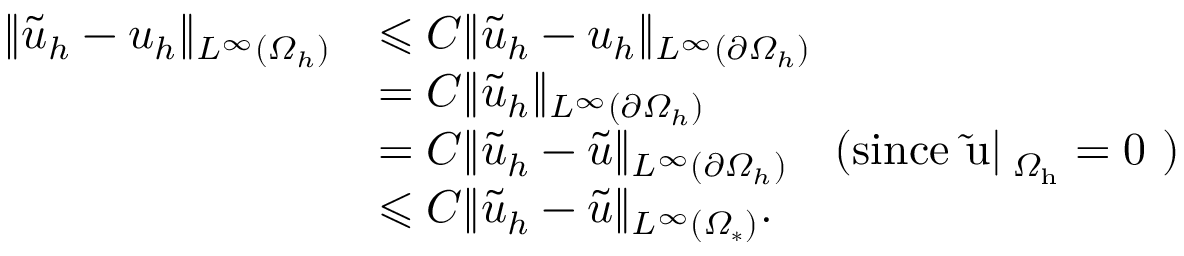
\begin{array} { r l } { \| \tilde { u } _ { h } - u _ { h } \| _ { L ^ { \infty } ( \varOmega _ { h } ) } } & { \leqslant C \| \tilde { u } _ { h } - u _ { h } \| _ { L ^ { \infty } ( \partial \varOmega _ { h } ) } } \\ & { = C \| \tilde { u } _ { h } \| _ { L ^ { \infty } ( \partial \varOmega _ { h } ) } } \\ & { = C \| \tilde { u } _ { h } - \tilde { u } \| _ { L ^ { \infty } ( \partial \varOmega _ { h } ) } \quad \mathrm { ( s i n c e ~ \tilde { u } | _ { \partial \varOmega _ { h } } = 0 ~ ) } } \\ & { \leqslant C \| \widetilde { u } _ { h } - \widetilde { u } \| _ { L ^ { \infty } ( \varOmega _ { * } ) } . } \end{array}